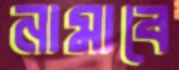
নামাবে